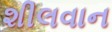
શીલવાન